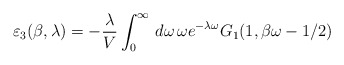
\begin{align*}\varepsilon_{3}(\beta,\lambda)=-\frac{\lambda}{V}\int_{0}^{\infty}\,d\omega\,\omega e^{-\lambda\omega}G_{1}(1,\beta\omega-1/2)\end{align*}